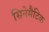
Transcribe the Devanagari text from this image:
सिनेमैटिक